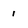
Character: 1